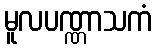
မူလပဏ္ဏာသကံ